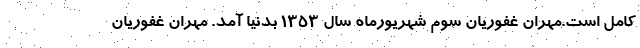
کامل است.مهران غفوریان سوم شهریورماه سال ۱۳۵۳ بدنیا آمد. مهران غفوریان